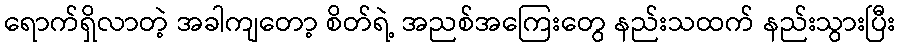
ရောက်ရှိလာတဲ့ အခါကျတော့ စိတ်ရဲ့ အညစ်အကြေးတွေ နည်းသထက် နည်းသွားပြီး